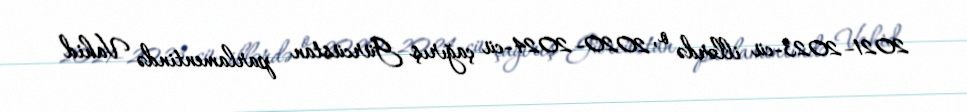
2021–2023-cü illərdə o, 2020–2024-cü çağırış Gürcüstan parlamentində Vahid